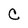
Character: C